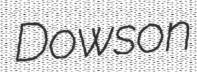
Dowson